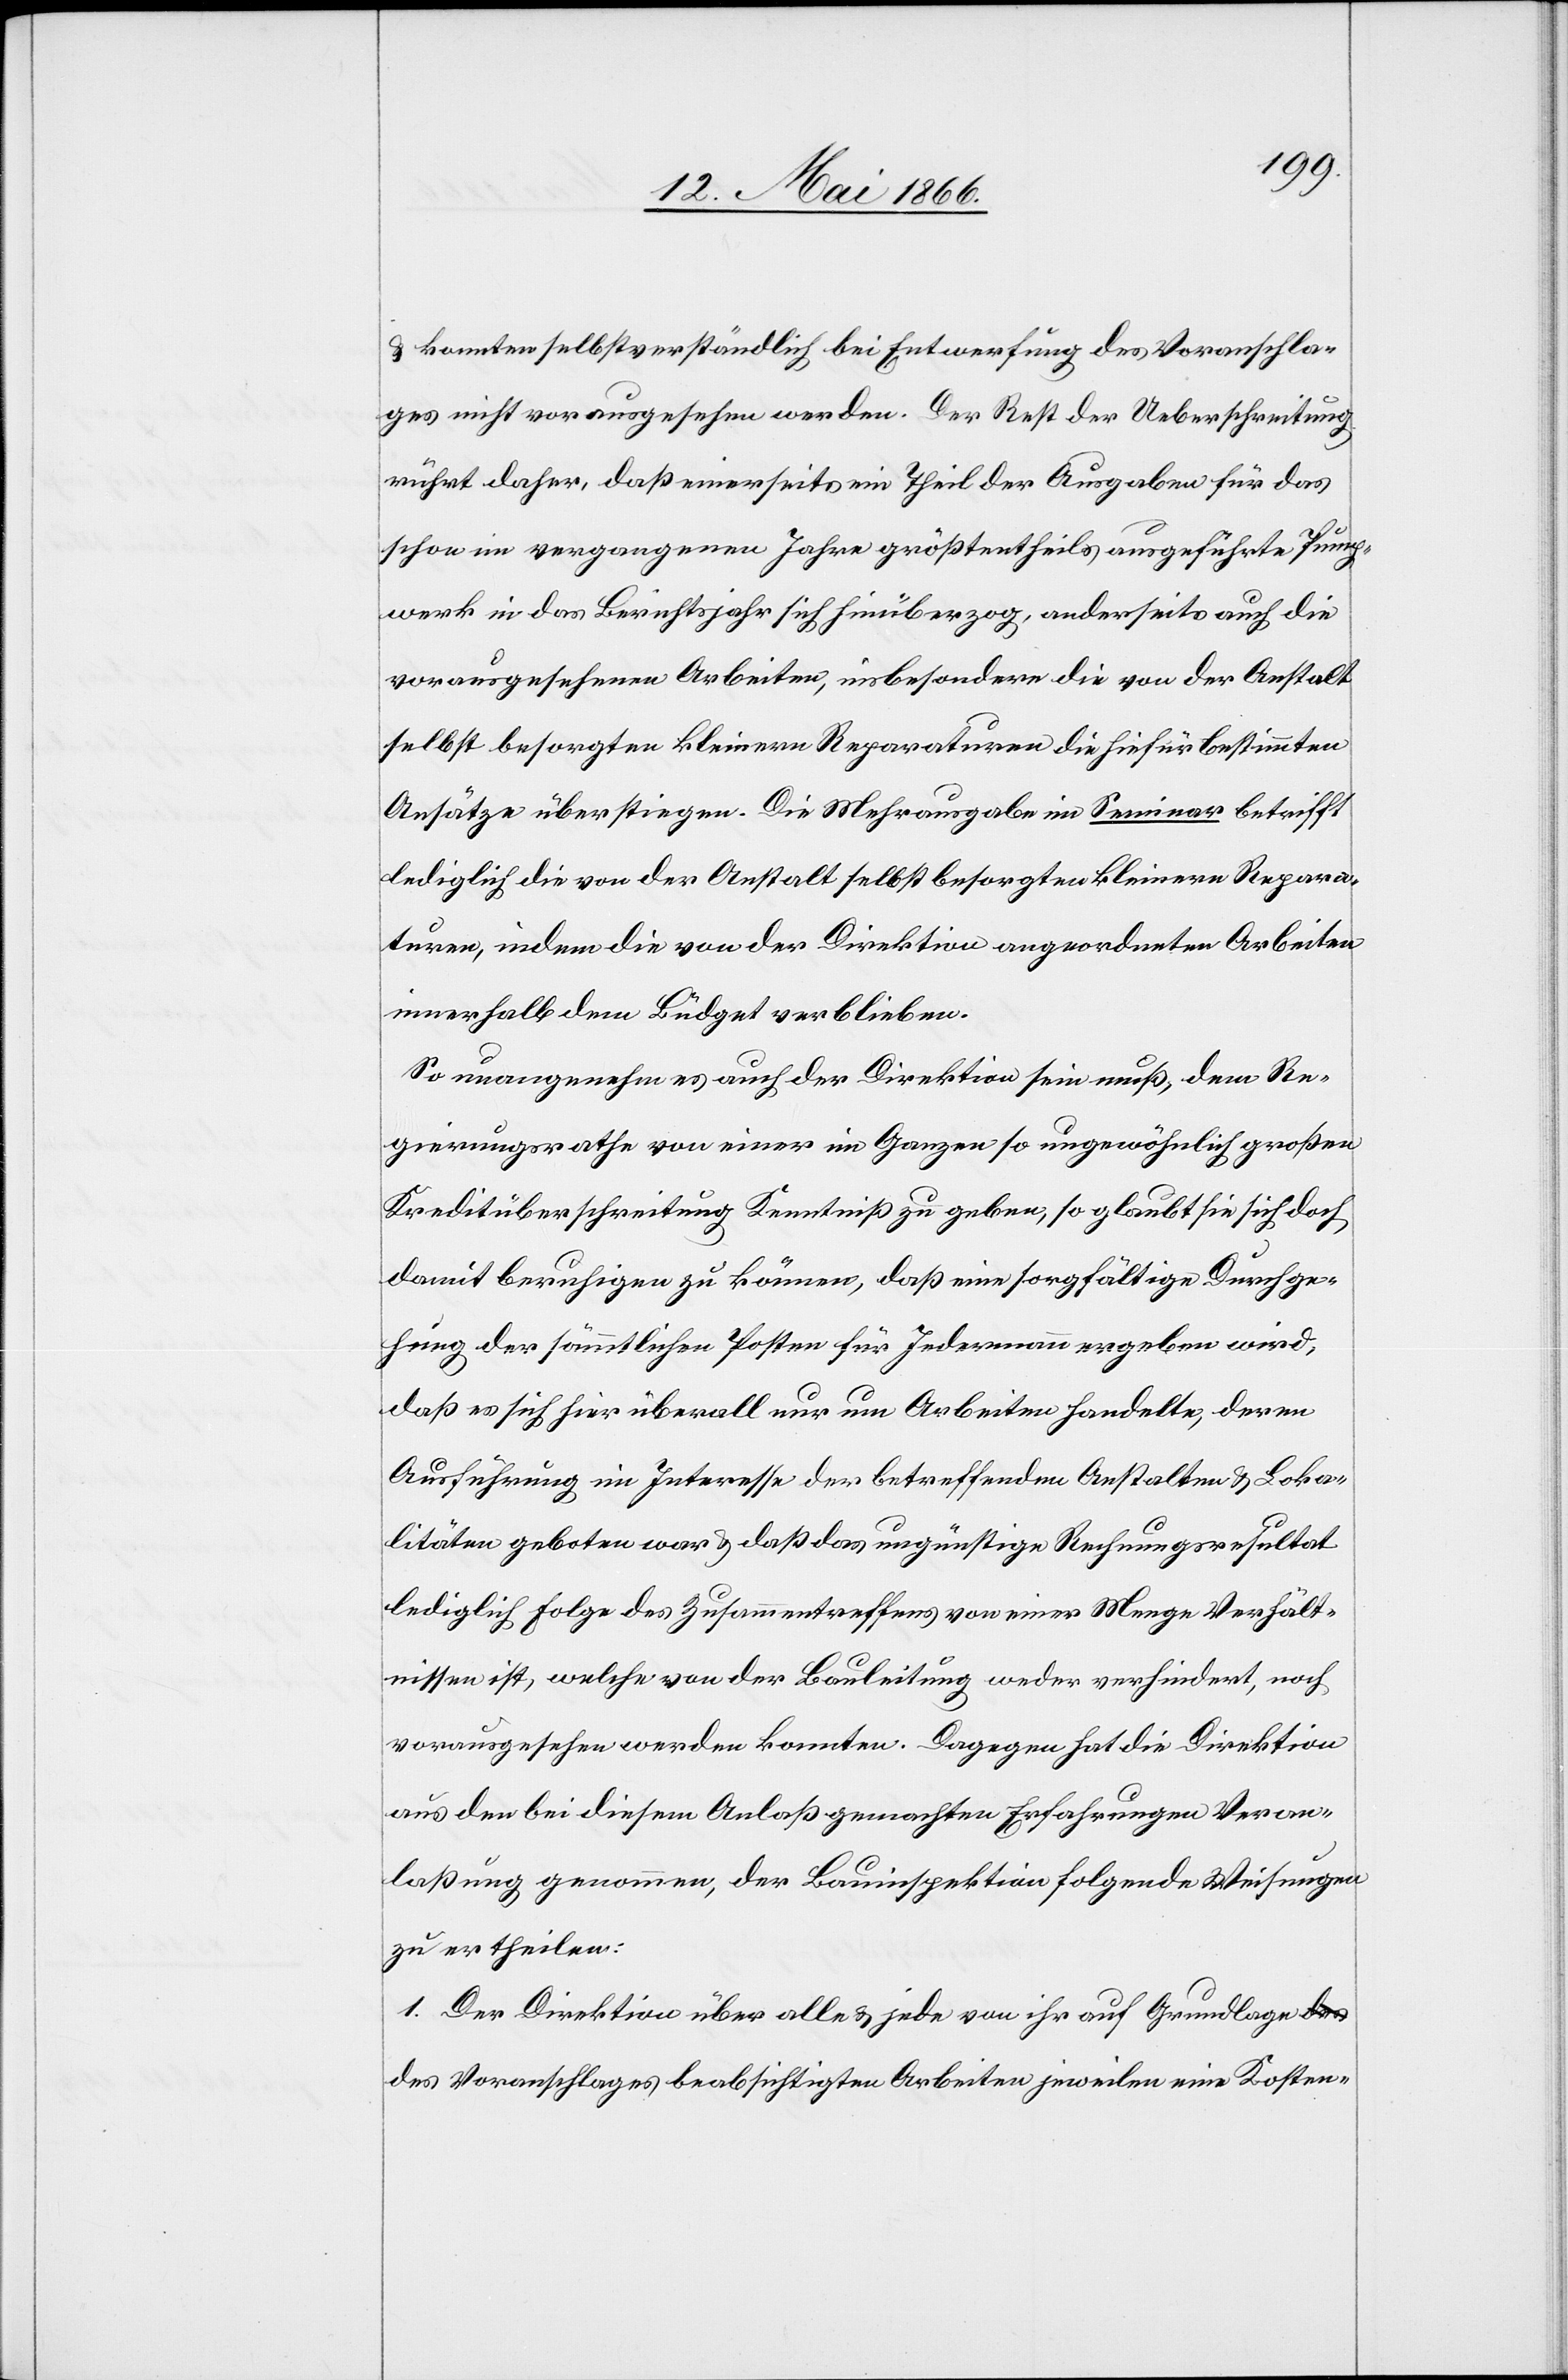
u. konnten selbstverständlich bei Entwerfung des Voranschla¬
ges nicht vorausgesehen werden. Der Rest der Ueberschreitung
rührt daher, daß einerseits ein Theil der Ausgaben für das
schon im vergangenen Jahre größtentheils ausgeführte Pump¬
werk in das Berichtsjahr sich hinüberzog, anderseits auch die
vorausgesehenen Arbeiten, insbesondere die von der Anstalt
selbst besorgten kleinern Reparaturen die hiefür bestimmten
Ansätze überstiegen. Die Mehrausgabe im Seminar betrifft
lediglich die von der Anstalt selbst besorgten kleinern Repara¬
turen, indem die von der Direktion angeordneten Arbeiten
innerhalb dem Büdget verblieben.
So unangenehm auch der Direktion sein muß, dem Re¬
gierungsrathe von einer im Ganzen so ungewöhnlich großen
Kreditüberschreitung Kenntniß zu geben, so glaubt sie sich doch
damit beruhigen zu können, daß eine sorgfältige Durchsu¬
chung der sämmtlichen Posten für Jedermann ergeben wird,
daß es sich hier überall nur um Arbeiten handelte, deren
Ausführung im Interesse der betreffenden Anstalten u. Loka¬
litäten geboten war u. daß das ungünstige Rechnungsresultat
lediglich Folge des Zusammentreffens von einer Menge Verhält¬
nisse ist, welche von der Bauleitung weder verhindert, noch
vorausgesehen werden konnten. Dagegen hat die Direktion
aus den bei diesem Anlaß gemachten Erfahrungen Veran¬
laßung genommen, der Bauinspektion folgende Weisungen
zu ertheilen:
1. Der Direktion über alle u. jede von ihr auf Grundlage
des Voranschlages beabsichtigten Arbeiten jeweilen eine Kosten-